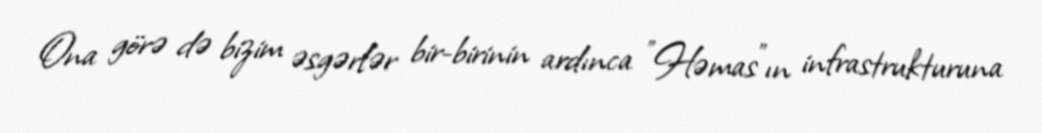
Ona görə də bizim əsgərlər bir-birinin ardınca ”Həmas"ın infrastrukturuna